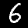
Digit: 6